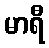
မာရီ